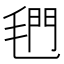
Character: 𰚣